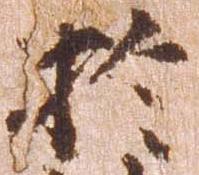
於